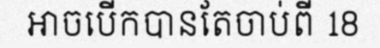
អាចបើកបានតែចាប់ពី 18